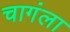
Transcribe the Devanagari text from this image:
चागंला